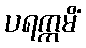
ပရက္ကမိံ